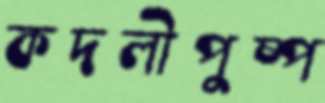
কদলীপুষ্প